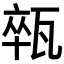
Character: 𤭢